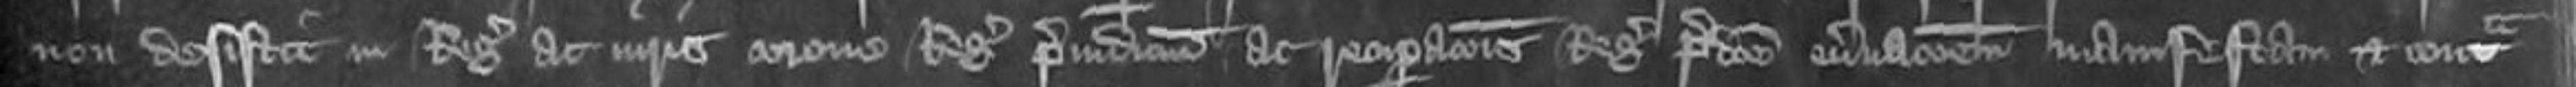
non desistit in Regis ac iuris corone Regis preiudicium ac recuperationis Regis predicte enervationem manifestam et contra